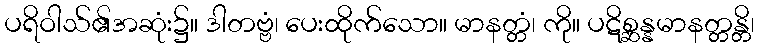
ပရိဝါသ်၏အဆုံး၌။ ဒါတဗ္ဗံ၊ ပေးထိုက်သော။ မာနတ္တံ၊ ကို။ ပဋိစ္ဆန္နမာနတ္တန္တိ၊